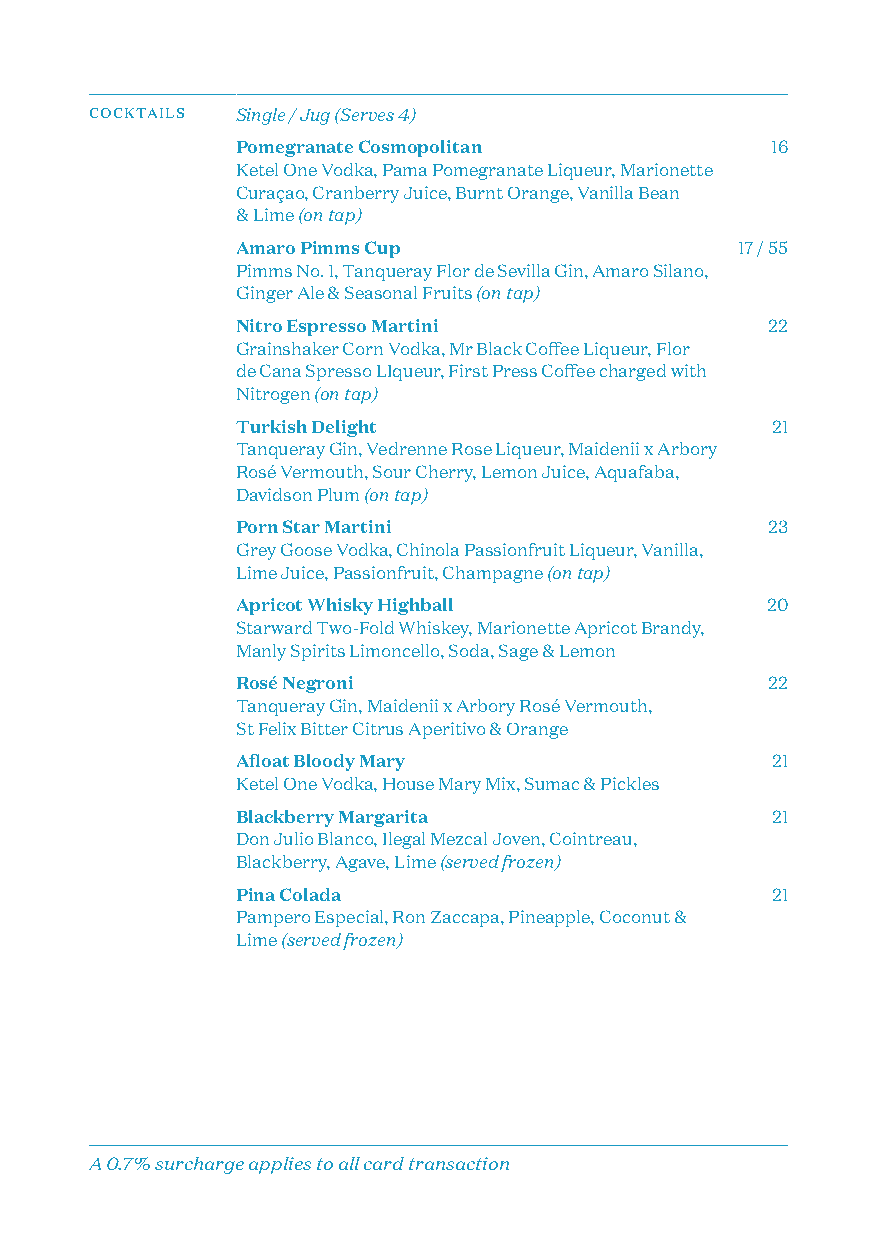
COCKTAILS Single / Jug (Serves 4)
 Pomegranate Cosmopolitan           16
 Ketel One Vodka, Pama Pomegranate Liqueur, Marionette
 Curaçao, Cranberry Juice, Burnt Orange, Vanilla Bean
 & Lime (on tap)
 Amaro Pimms Cup                  17 / 55
 Pimms No. 1, Tanqueray Flor de Sevilla Gin, Amaro Silano,
 Ginger Ale & Seasonal Fruits (on tap)
 Nitro Espresso Martini             22
 Grainshaker Corn Vodka, Mr Black Coffee Liqueur, Flor
 de Cana Spresso LIqueur, First Press Coffee charged with
 Nitrogen (on tap)
 Turkish Delight                    21
 Tanqueray Gin, Vedrenne Rose Liqueur, Maidenii x Arbory
 Rosé Vermouth, Sour Cherry, Lemon Juice, Aquafaba,
 Davidson Plum (on tap)
 Porn Star Martini                  23
 Grey Goose Vodka, Chinola Passionfruit Liqueur, Vanilla,
 Lime Juice, Passionfruit, Champagne (on tap)
 Apricot Whisky Highball            20
 Starward Two-Fold Whiskey, Marionette Apricot Brandy,
 Manly Spirits Limoncello, Soda, Sage & Lemon
 Rosé Negroni                       22
 Tanqueray Gin, Maidenii x Arbory Rosé Vermouth,
 St Felix Bitter Citrus Aperitivo & Orange
 Afloat Bloody Mary                 21
 Ketel One Vodka, House Mary Mix, Sumac & Pickles
 Blackberry Margarita               21
 Don Julio Blanco, Ilegal Mezcal Joven, Cointreau,
 Blackberry, Agave, Lime (served frozen)
 Pina Colada                        21
 Pampero Especial, Ron Zaccapa, Pineapple, Coconut &
 Lime (served frozen)
 A 0.7% surcharge applies to all card transaction